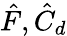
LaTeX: \hat{F},\hat{C}_{d}